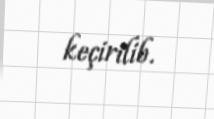
keçirilib.